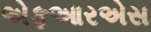
એફઆરએસ